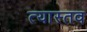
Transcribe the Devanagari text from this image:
त्यास्तव